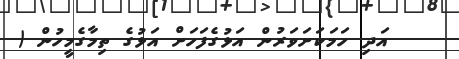
އަދި ހަމަކަށަވަރުން އަޅުގެފަހަށް އަޅުގެ ތިމާގެމީހުން (